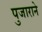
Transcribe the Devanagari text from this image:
पुजाराने